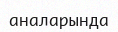
аналарында